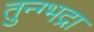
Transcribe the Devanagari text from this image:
तुन्ग्भद्रा